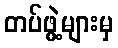
တပ်ဖွဲ့များမှ